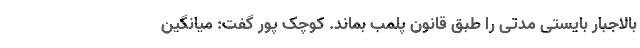
بالاجبار بایستی مدتی را طبق قانون پلمب بماند. کوچک پور گفت: میانگین